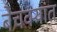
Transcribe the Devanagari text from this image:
बेचक्यांत